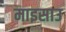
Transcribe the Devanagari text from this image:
माइसाउ